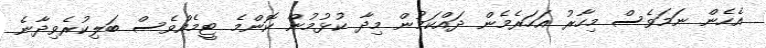
އެހެން ނަމަވެސް މިހާރު އަހަރެމެން ދައްކަމުން މިދާ ކުޅުމުން ކޮންމެ ޓީމެއްވެސް ބަލިކުރެވިދާނެ